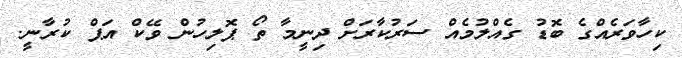
ކިހާވަރެއްގެ ބޮޑު ގެއްލުމެއް ސަރުކާރަށް ދިނީމާ ތޯ ޕޮލިހުން ވޭކް އަޕް ކުރާނީ.